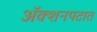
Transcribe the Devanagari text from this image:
अॅक्शनपटात